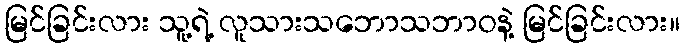
မြင်ခြင်းလား သူ့ရဲ့ လူသားသဘောသဘာဝနဲ့ မြင်ခြင်းလား။